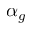
\alpha _ { g }